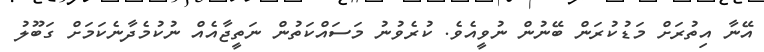
އޭނާ އިތުރަށް މަޑުކުރަން ބޭނުން ނުވީއެވެ. ކުރެވުނު މަސައްކަތުން ނަތީޖާއެއް ނުކުމެދާނެކަމަށް ގަބޫލު